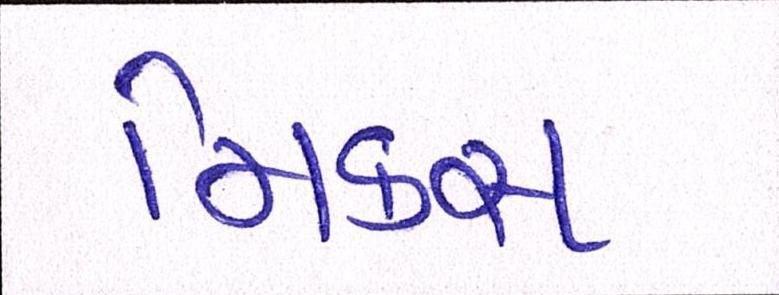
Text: મિક્સ